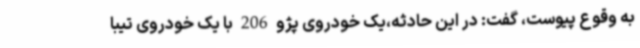
به وقوع پیوست، گفت: در این حادثه،یک خودروی پژو 206 با یک خودروی تیبا